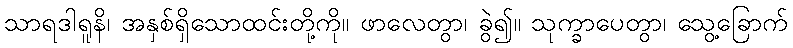
သာရဒါရူနိ၊ အနှစ်ရှိသောထင်းတို့ကို။ ဖာလေတွာ၊ ခွဲ၍။ သုက္ခာပေတွာ၊ သွေ့ခြောက်